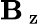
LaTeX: \mathbf{B}_{\mathrm{{~z~}}}